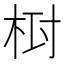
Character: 𣑓